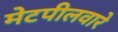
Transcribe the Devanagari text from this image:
मेटपीलवारे